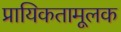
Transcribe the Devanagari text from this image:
प्रायिकतामूलक